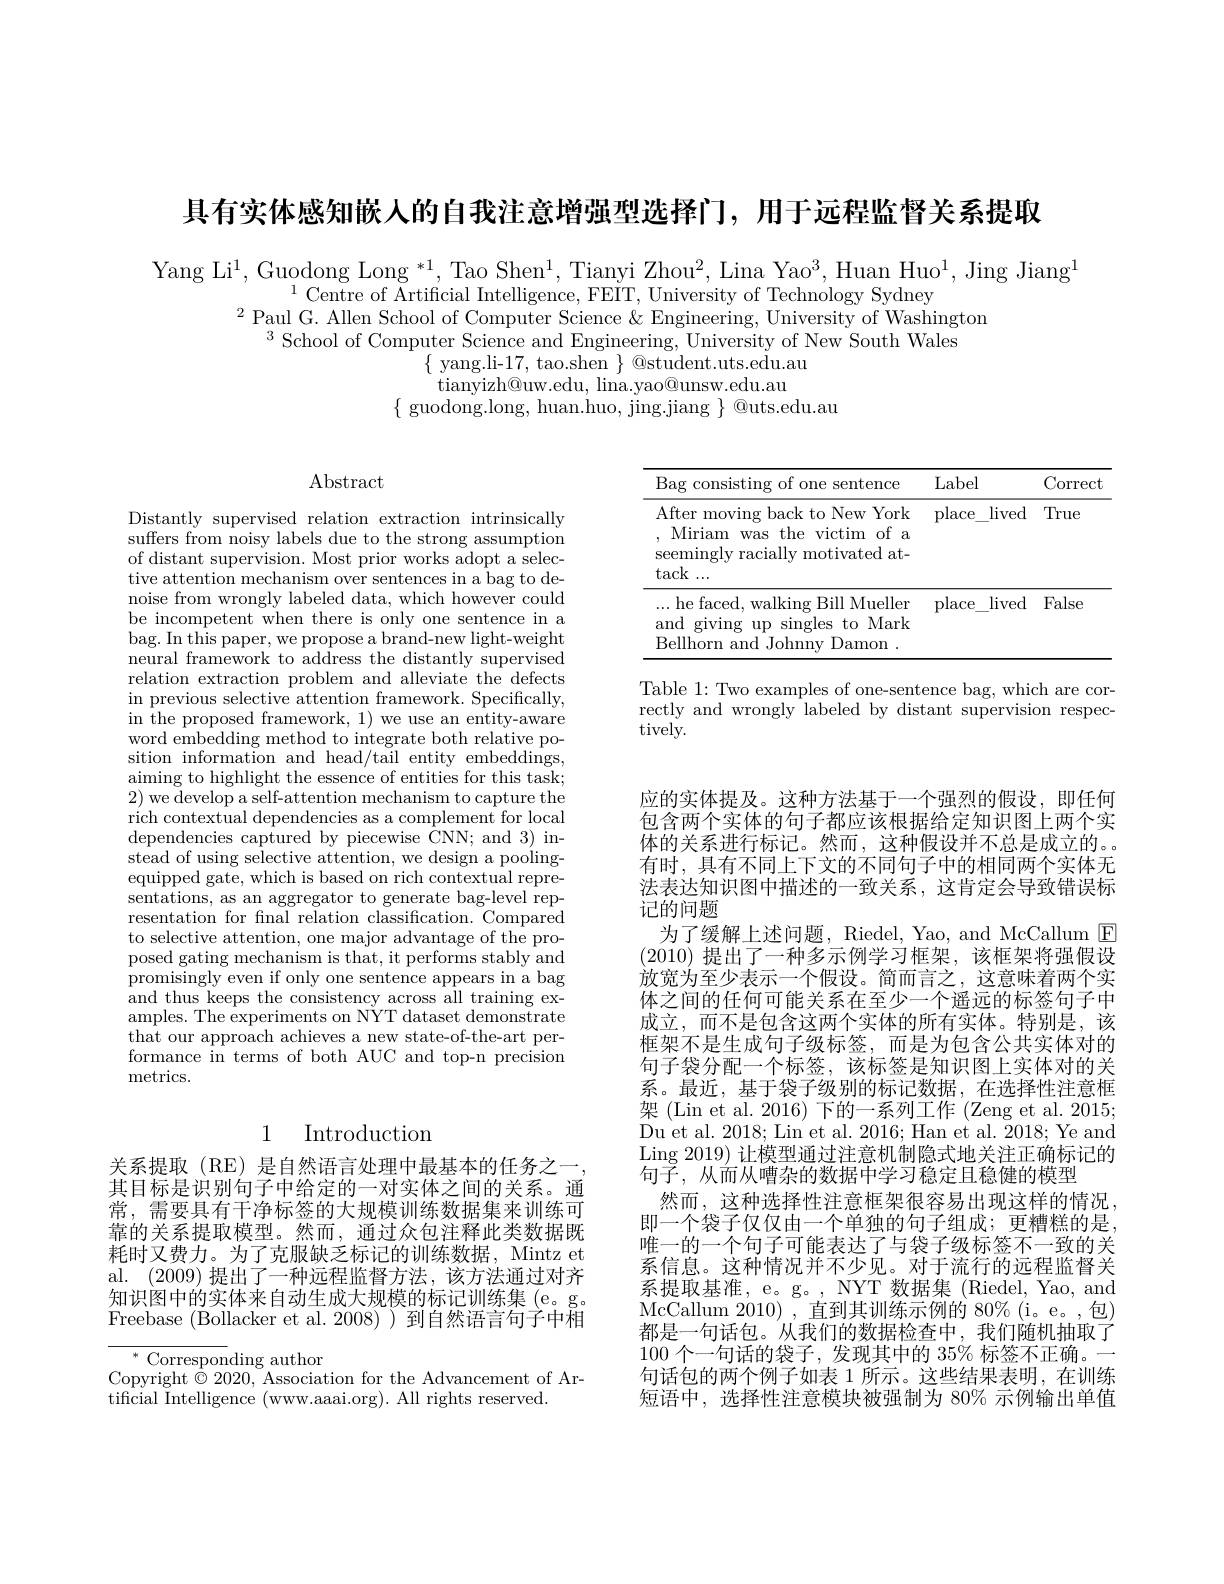
具有实体感知嵌人的自我注意增强型选择门，用于远程监督关系提取

Yang Li$^1$,Guodong Long *1, Tao Shen$^1$,Tianyi Zhou$^2$,Lina Yao$^3$,Huan Huo$^1$,Jing Jiang$^1$
$^{1}$Centre of Artificial Intelligence, FEIT, University of Technology Sydney
$^{2}$Paul G. Allen School of Computer Science &Engineering, University of Washington
$^{3}$School of Computer Science and Engineering, University of New South Wales
$\{$ yang.li-17, tao.shen $\}$ @student.uts.edu.au
tianyizh@uw.edu, lina.yao@unsw.edu.au
$\{$ guodong.long, huan.huo, jing.jiang $\}$ @uts.edu.au

Abstract

<table>
	<tbody>
		<tr>
			<th>Bag consisting of one sentence</th>
			<th>Label</th>
			<th>Correct</th>
		</tr>
		<tr>
			<td>After moving back to New York Miriam was the victim of a seemingly racially motivated at- tack$\ldots$</td>
			<td>place lived</td>
			<td>True</td>
		</tr>
		<tr>
			<td>... he faced, walking Bill Mueller and giving up 1: $\operatorname{singles}$ to Mark Bellhorn and Johnnv $\cdot$ Damon</td>
			<td>place lived</td>
			<td>False</td>
		</tr>
	</tbody>
</table>

Table 1: Two examples of one-sentence bag, which are correctly and wrongly labeled by distant supervision respectively.

Distantly supervised relation extraction intrinsically suffers from noisy labels due to the strong assumption of distant supervision. Most prior works adopt a selective attention mechanism over sentences in a bag to denoise from wrongly labeled data, which however could be incompetent when there is only one sentence in a bag. In this paper, we propose a brand-new light-weight neural framework to address the distantly supervised relation extraction problem and alleviate the defects in previous selective attention framework. Specifically, in the proposed framework, 1) we use an entity-aware word embedding method to integrate both relative position information and head/tail entity embeddings, aiming to highlight the essence of entities for this task; 2) we develop a self-attention mechanism to capture the rich contextual dependencies as a complement for local dependencies captured by piecewise CNN; and 3) instead of using selective attention, we design a poolingequipped gate, which is based on rich contextual representations, as an aggregator to generate bag-level representation for fnal relation classification. Compared to selective attention, one major advantage of the proposed gating mechanism is that, it performs stably and promisingly even if only one sentence appears in a bag and thus keeps the consistency across all training examples. The experiments on NYT dataset demonstrate that our approach achieves a new state-of-the-art performance in terms of both AUC and top-n precision metrics.

应的实体提及。这种方法基于一个强烈的假设，即任何包含两个实体的句子都应该根据给定知识图上两个实体的关系进行标记。然而，这种假设并不总是成立的。有时，具有不同上下文的不同句子中的相同两个实体无法表达知识图中描述的一致关系，这肯定会导致错误标记的问题
为了缓解上述问题，Riedel, Yao, and McCallum E (2010)提出了一种多示例学习框架，该框架将强假设放宽为至少表示一个假设。简而言之，这意味着两个实体之间的任何可能关系在至少一个遥远的标签句子中成立，而不是包含这两个实体的所有实体。特别是，该框架不是生成句子级标签，而是为包含公共实体对的句子袋分配一个标签，该标签是知识图上实体对的关系。最近，基于袋子级别的标记数据，在选择性注意框架 (Lin et al. 2016) 下的一系列工作 (Zeng et al. 2015; Du et al. 2018; Lin et al. 2016; Han et al. 2018; Ye and Ling 2019) 让模型通过注意机制隐式地关注正确标记的句子，从而从嘈杂的数据中学习稳定且稳健的模型
然而，这种选择性注意框架很容易出现这样的情况， 即一个袋子仅仅由一个单独的句子组成；更糟糕的是， 唯一的一个句子可能表达了与袋子级标签不一致的关系信息。这种情况并不少见。对于流行的远程监督关系提取基准，e。g。, NYT 数据集 (Riedel, Yao, and McCallum 2010) , 直到其训练示例的 80% (i。e。,包) 都是一句话包。从我们的数据检查中，我们随机抽取了100个一句话的袋子，发现其中的 35% 标签不正确。一句话包的两个例子如表 1 所示。这些结果表明，在训练短语中，选择性注意模块被强制为 80% 示例输出单值

## 1 Introduction

关系提取(RE)是自然语言处理中最基本的任务之一， 其目标是识别句子中给定的一对实体之间的关系。通常，需要具有干净标签的大规模训练数据集来训练可靠的关系提取模型。然而，通过众包注释此类数据既耗时又费力。为了克服缺乏标记的训练数据，Mintz et al. (2009) 提出了一种远程监督方法，该方法通过对齐知识图中的实体来自动生成大规模的标记训练集(e。g。Freebase (Bollacker et al.2008))到自然语言句子中相

$^{*}$ Corresponding author
Copyright $\bar{\otimes}2020$, Association for the Advancement of Ar-
tificial Intelligence (www.aaai.org). All rights reserved.